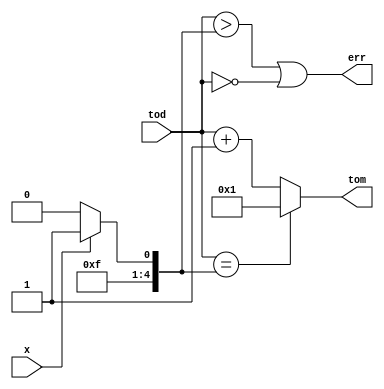
// in this problem we have an input x which decides the number of days x=1 then its 31 days if x=0 its 30 days

module today_tom (input [4:0] tod, output [4:0] tom, output err,input x);
	
	wire [4:0] sum;
	wire [4:0] Ndays;
	
	assign sum = tod+ 1;
	
	assign cntrl_eqNdays =(tod==Ndays);
	
	assign tom = (cntrl_eqNdays)?1:sum;
	
	assign err =(tod>Ndays|| tod == 0);
	
	assign Ndays = x?31:30;
	
endmodule

	module tb;
		reg [4:0] today;
		wire [4:0] tomorow;
		wire err;
		reg x;
		integer i;
		
		today_tom dut05_10(today,tomorow, err,x);
		
		initial begin
			x=1'b0;
			repeat (2) begin
				for (i=0;i<38; i=i+1) begin
					today =i;
					
					#1;
					$display(" x = %d today =%d tomorrow =%d err =%d",x,today,tomorow,err);
				end
				
				x=!x;
			end
		end
	endmodule